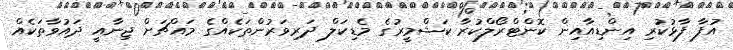
އުފާ ފާޅުކުރި އިންޑިއާއިން ކޮންޓްރޯލްކުރާ ކަޝްމީރުގެ މެޑިކަލް ދަރިވަރުންތަކެއްގެ މައްޗަށް ޖިނާއީ ދައުވާތަކެއް